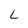
Character: L